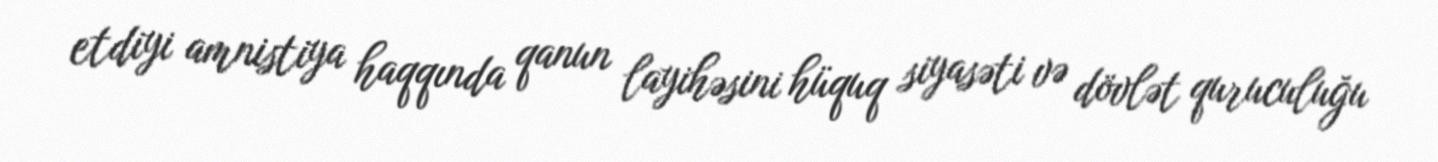
etdiyi amnistiya haqqında qanun layihəsini hüquq siyasəti və dövlət quruculuğu